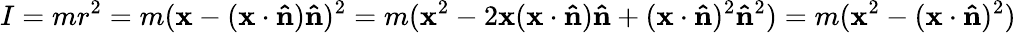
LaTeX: I=mr^{2}=m(\mathbf{x}-(\mathbf{x}\cdot\mathbf{\hat{n}})\mathbf{\hat{n}})^{2}=m(\mathbf{x}^{2}-2\mathbf{x}(\mathbf{x}\cdot\mathbf{\hat{n}})\mathbf{\hat{n}}+(\mathbf{x}\cdot\mathbf{\hat{n}})^{2}\mathbf{\hat{n}}^{2})=m(\mathbf{x}^{2}-(\mathbf{x}\cdot\mathbf{\hat{n}})^{2})